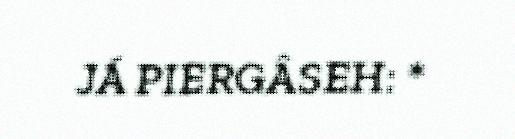
JÁ PIERGÂSEH: *